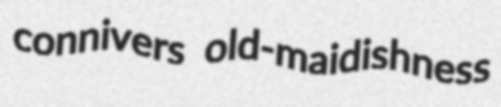
connivers old-maidishness